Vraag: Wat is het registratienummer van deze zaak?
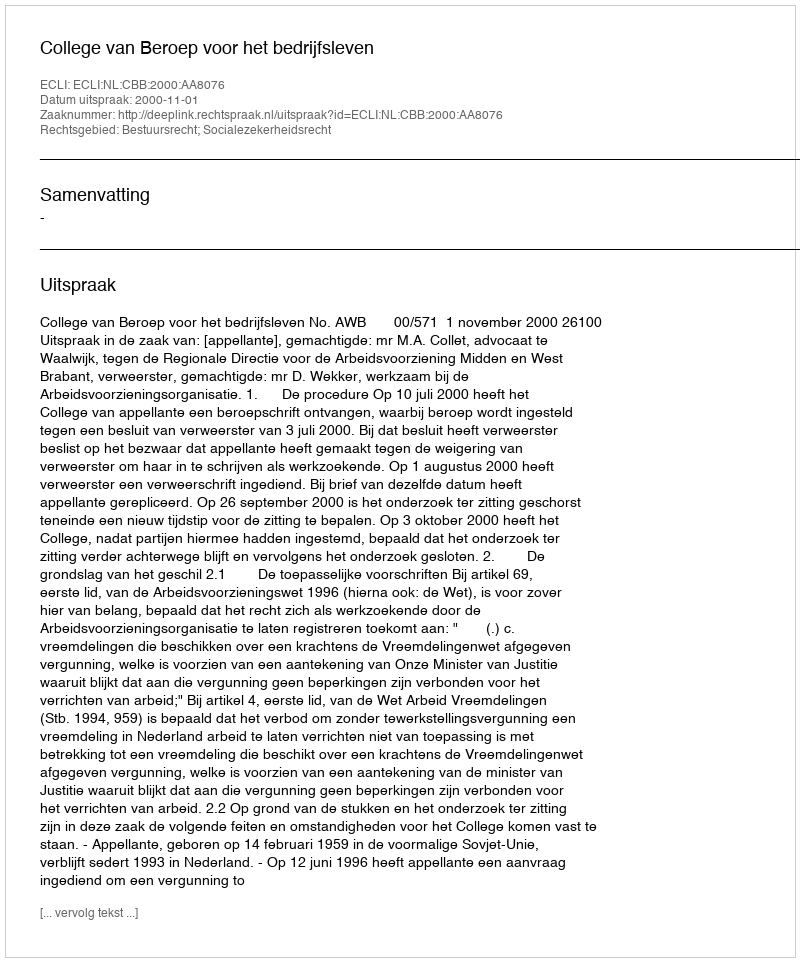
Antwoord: http://deeplink.rechtspraak.nl/uitspraak?id=ECLI:NL:CBB:2000:AA8076